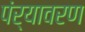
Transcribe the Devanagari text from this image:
पंर्यावरण